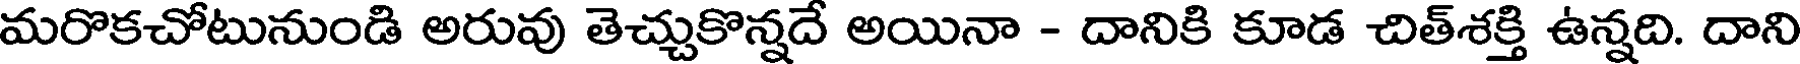
మరొకచోటునుండి అరువు తెచ్చుకొన్నదే అయినా - దానికి కూడ చిత్శక్తి ఉన్నది. దాని